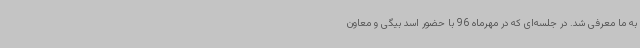
به ما معرفی شد. در جلسه‌ای که در مهرماه 96 با حضور اسد بیگی و معاون